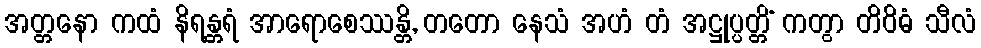
အတ္တနော ကထံ နိရန္တရံ အာရောစေဿန္တိ, တတော နေသံ အဟံ တံ အဋ္ဌုပ္ပတ္တိံ ကတွာ တိဝိဓံ သီလံ